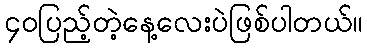
၄၀ပြည့်တဲ့နေ့လေးပဲဖြစ်ပါတယ်။